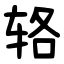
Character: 辂